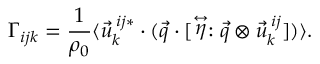
\Gamma _ { i j k } = \frac { 1 } { \rho _ { 0 } } \langle \vec { u } _ { k } ^ { \: i j * } \cdot ( \vec { q } \cdot [ \stackrel { \leftrightarrow } { \eta } : \vec { q } \otimes \vec { u } _ { k } ^ { \: i j } ] ) \rangle .